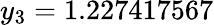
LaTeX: y_{3}=1.227417567